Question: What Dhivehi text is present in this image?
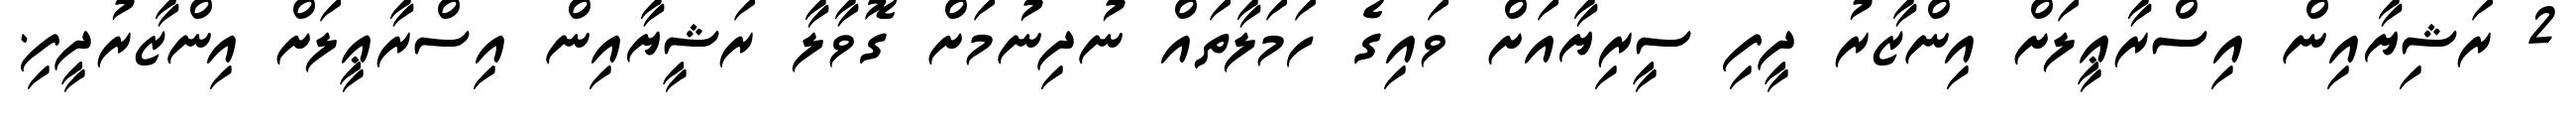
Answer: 2 ރަޝިޔާއިން އިސްރާޢީލަށް އިންޒާރު ދީފި ސީރިޔާއަށް ވައިގެ ހަމަލާތައް ނުދިނުމަށް ގޮވާލާ ރަޝީޔާއިން އިސްރާޢީލަށް އިންޒާރުދީފި.